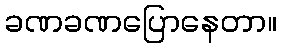
ခဏခဏပြောနေတာ။